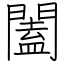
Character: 闔